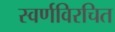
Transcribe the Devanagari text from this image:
स्वर्णविरचित